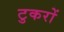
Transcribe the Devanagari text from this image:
टुकरों